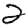
Digit: 2